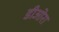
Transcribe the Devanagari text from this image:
डीओरा